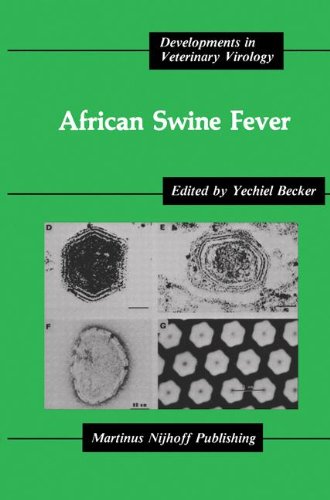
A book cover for African Swine Fever (Developments in Veterinary Virology); Medical Books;